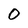
Character: O